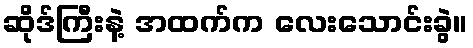
ဆိုဒ်ကြီးနဲ့ အထက်က လေးသောင်းခွဲ။